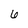
Character: 6